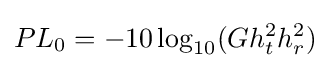
PL_{0}=-10\log _{10}(Gh_{t}^{2}h_{r}^{2})